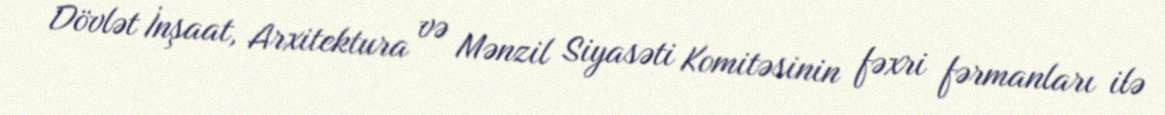
Dövlət İnşaat, Arxitektura və Mənzil Siyasəti Komitəsinin fəxri fərmanları ilə